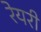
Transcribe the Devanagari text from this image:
रेयरी